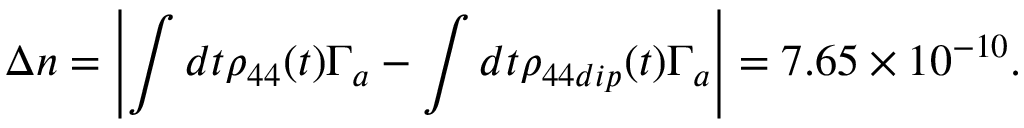
\Delta n = \left| \int d t \rho _ { 4 4 } ( t ) \Gamma _ { a } - \int d t \rho _ { 4 4 d i p } ( t ) \Gamma _ { a } \right| = 7 . 6 5 \times 1 0 ^ { - 1 0 } .